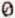
0